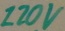
Text: 120V